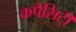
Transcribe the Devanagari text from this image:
कपैसिटी